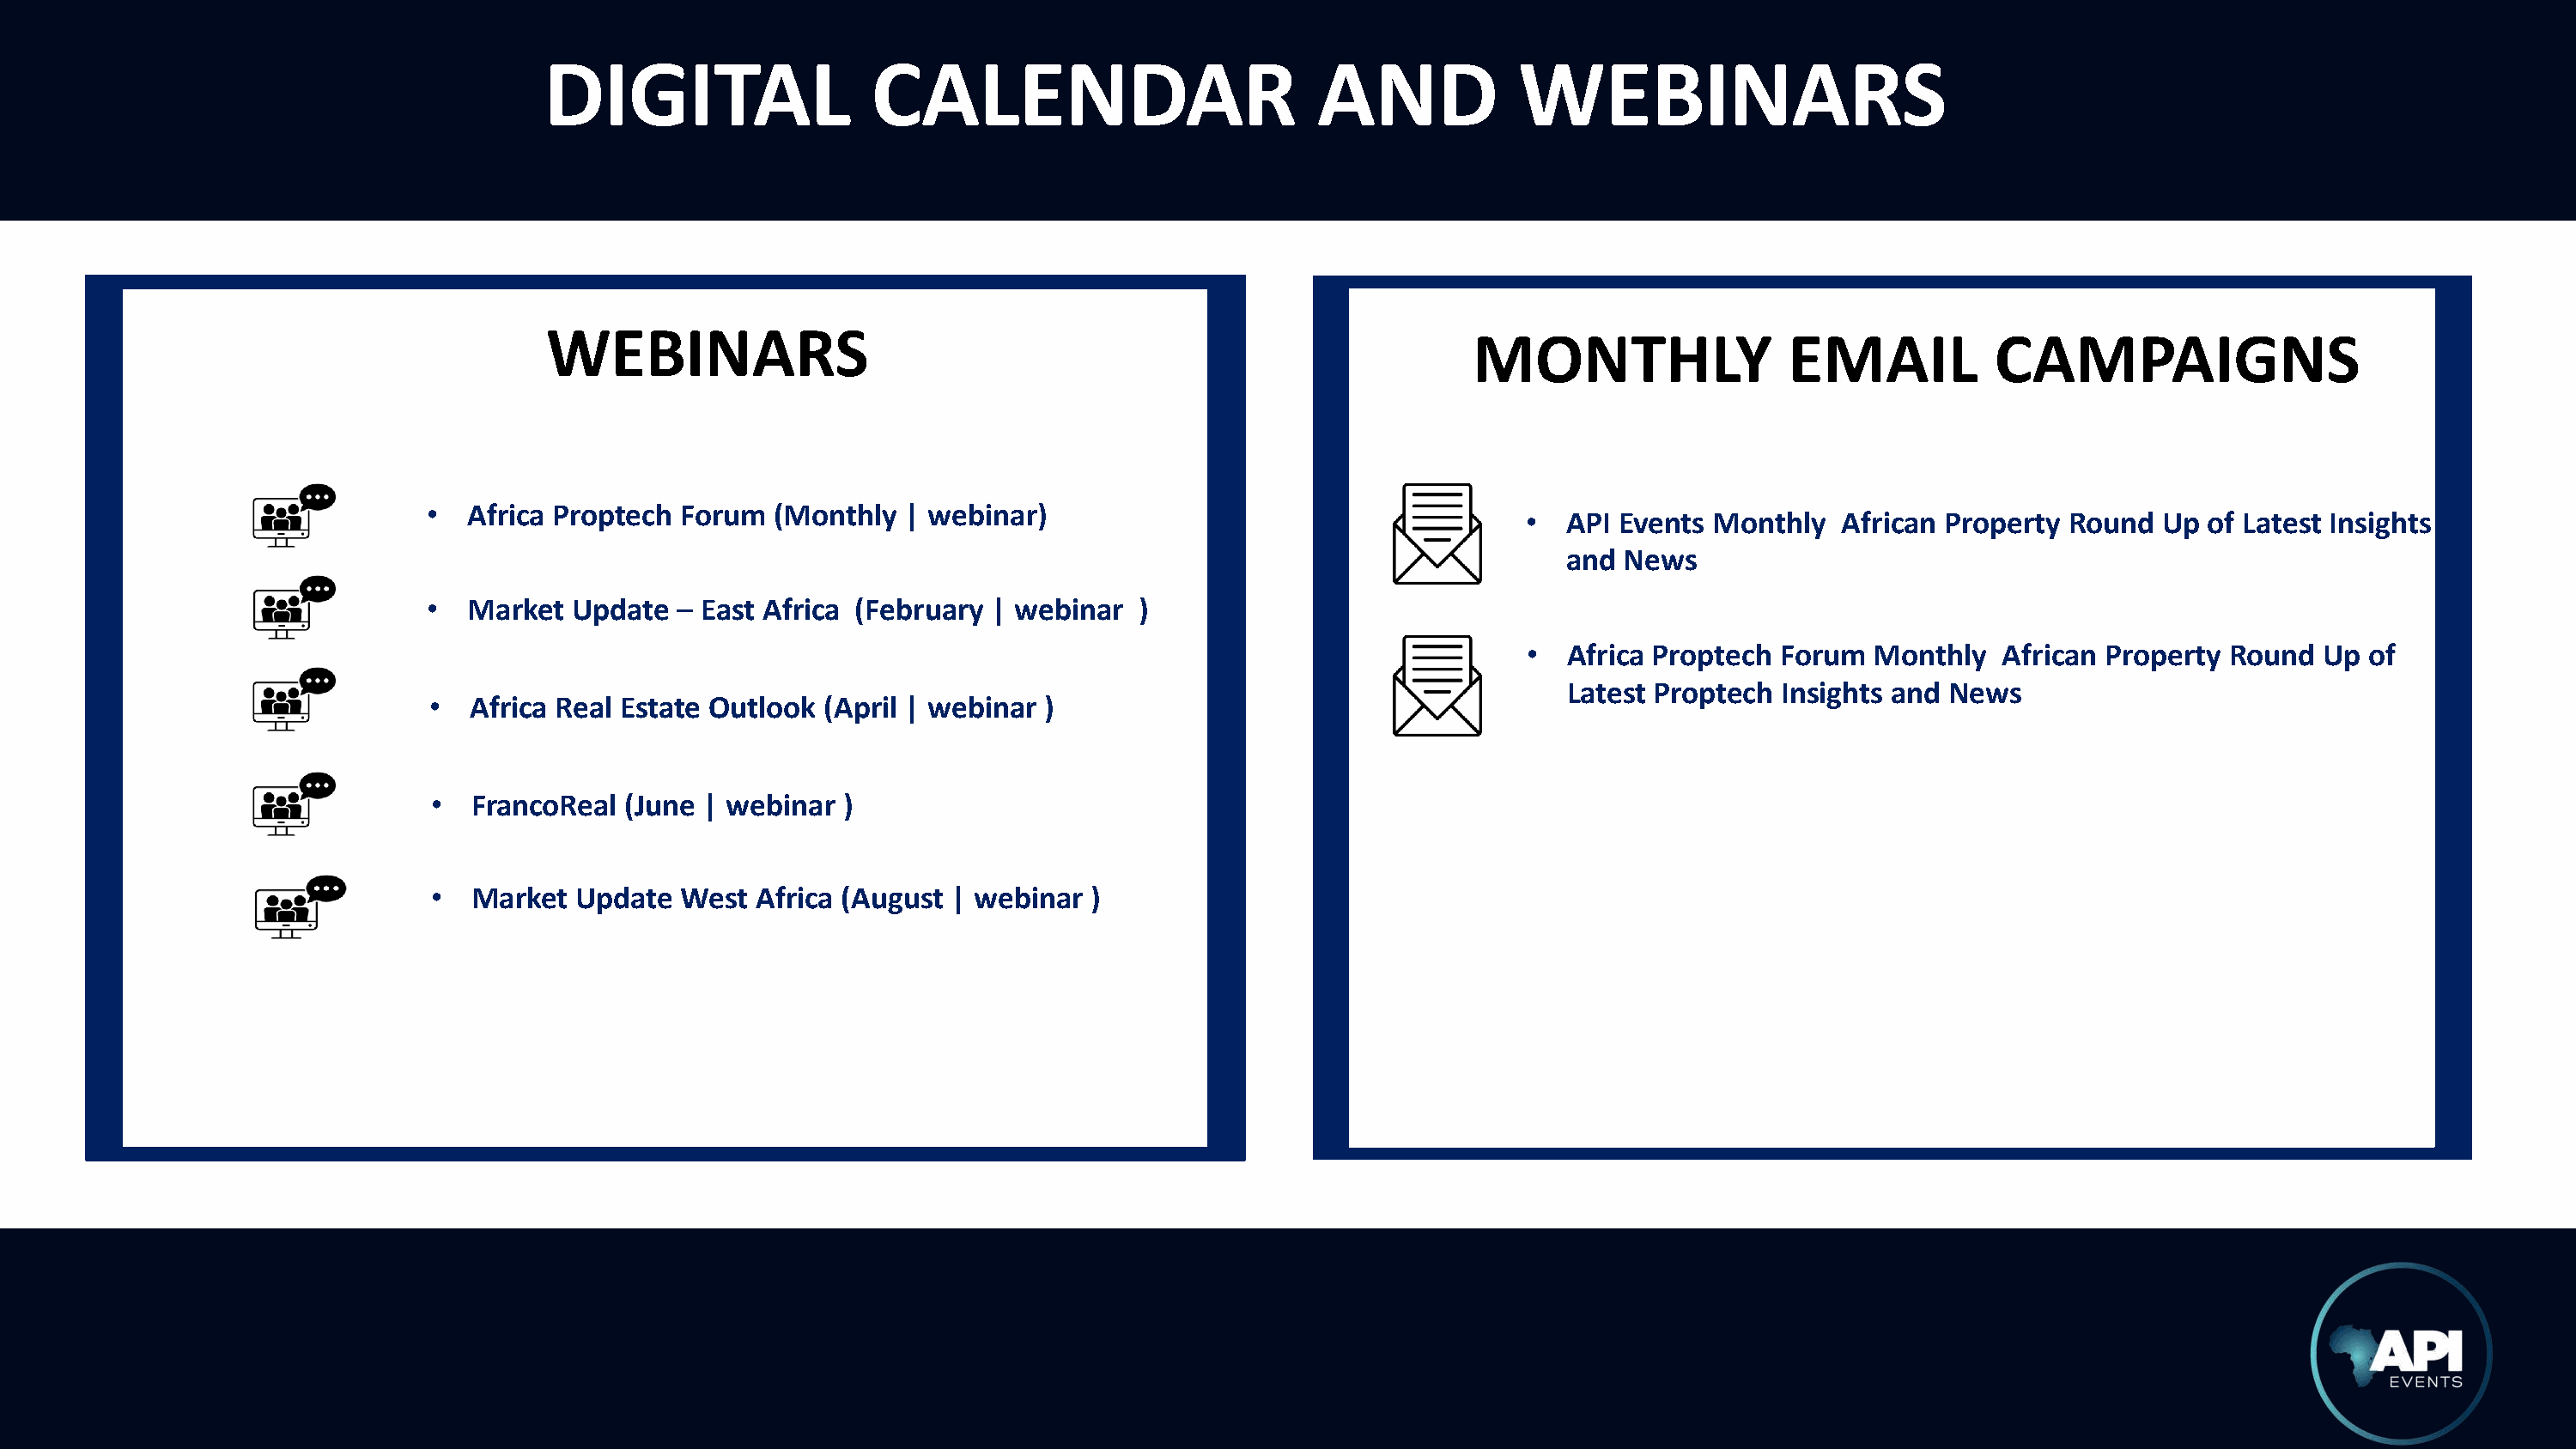
DIGITAL                  CALENDAR                           AND            WEBINARS
 WEBINARS
 MONTHLY                 EMAIL           CAMPAIGNS
 •  Africa Proptech Forum   (Monthly  | webinar)
 •  API Events Monthly   African Property Round   Up of Latest Insights
 and News
 •  Market  Update  – East Africa (February | webinar   )
 •  Africa Proptech Forum  Monthly   African Property  Round  Up  of
 Latest Proptech Insights and News
 •  Africa Real Estate Outlook  (April | webinar )
 •  FrancoReal  (June | webinar  )
 •  Market  Update  West  Africa (August | webinar  )